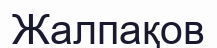
Жалпақов